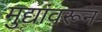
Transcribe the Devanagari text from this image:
मुद्यांवरून